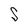
Character: S